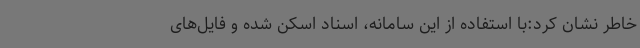
خاطر نشان کرد:با استفاده از این سامانه، اسناد اسکن شده و فایل‌های